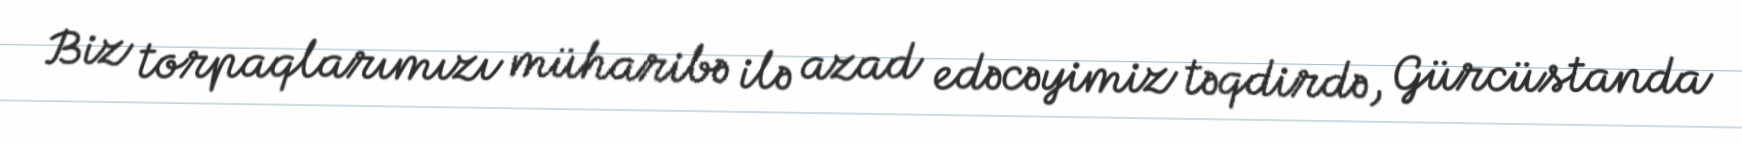
Biz torpaqlarımızı müharibə ilə azad edəcəyimiz təqdirdə, Gürcüstanda